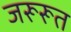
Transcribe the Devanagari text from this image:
जरूरूत